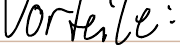
Vorteile: